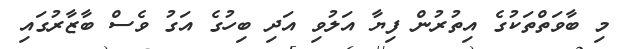
މި ބާވަތްތަކުގެ އިތުރުން ފިޔާ އަލުވި އަދި ބިހުގެ އަގު ވެސް ބާޒާރުގައި